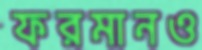
ফরমানও